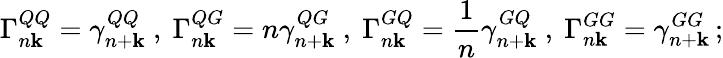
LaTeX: \Gamma_{n\mathbf{k}}^{QQ}=\gamma_{n+\mathbf{k}}^{QQ}\ ,\ \Gamma_{n\mathbf{k}}^{QG}=n\gamma_{n+\mathbf{k}}^{QG}\ ,\ \Gamma_{n\mathbf{k}}^{GQ}=\frac{{1}}{{n}}\gamma_{n+\mathbf{k}}^{GQ}\ ,\ \Gamma_{n\mathbf{k}}^{GG}=\gamma_{n+\mathbf{k}}^{GG}\, ;